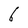
Character: 6